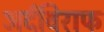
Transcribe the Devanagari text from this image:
अर्दविराफ